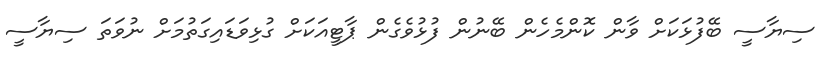
ސިޔާސީ ބޭފުޅަކަށް ވާން ކޮންމެހެން ބޭނުން ފުޅުވެގެން ޕާޓީއަކަށް ގުޅިވަޑައިގަތުމަށް ނުވަތަ ސިޔާސީ